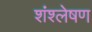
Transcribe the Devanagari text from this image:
शंश्लेषण